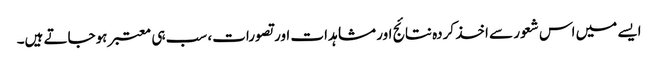
ایسے میں اس شعور سے اخذ کردہ نتائج اور مشاہدات اور تصورات، سب ہی معتبر ہوجاتے ہیں۔